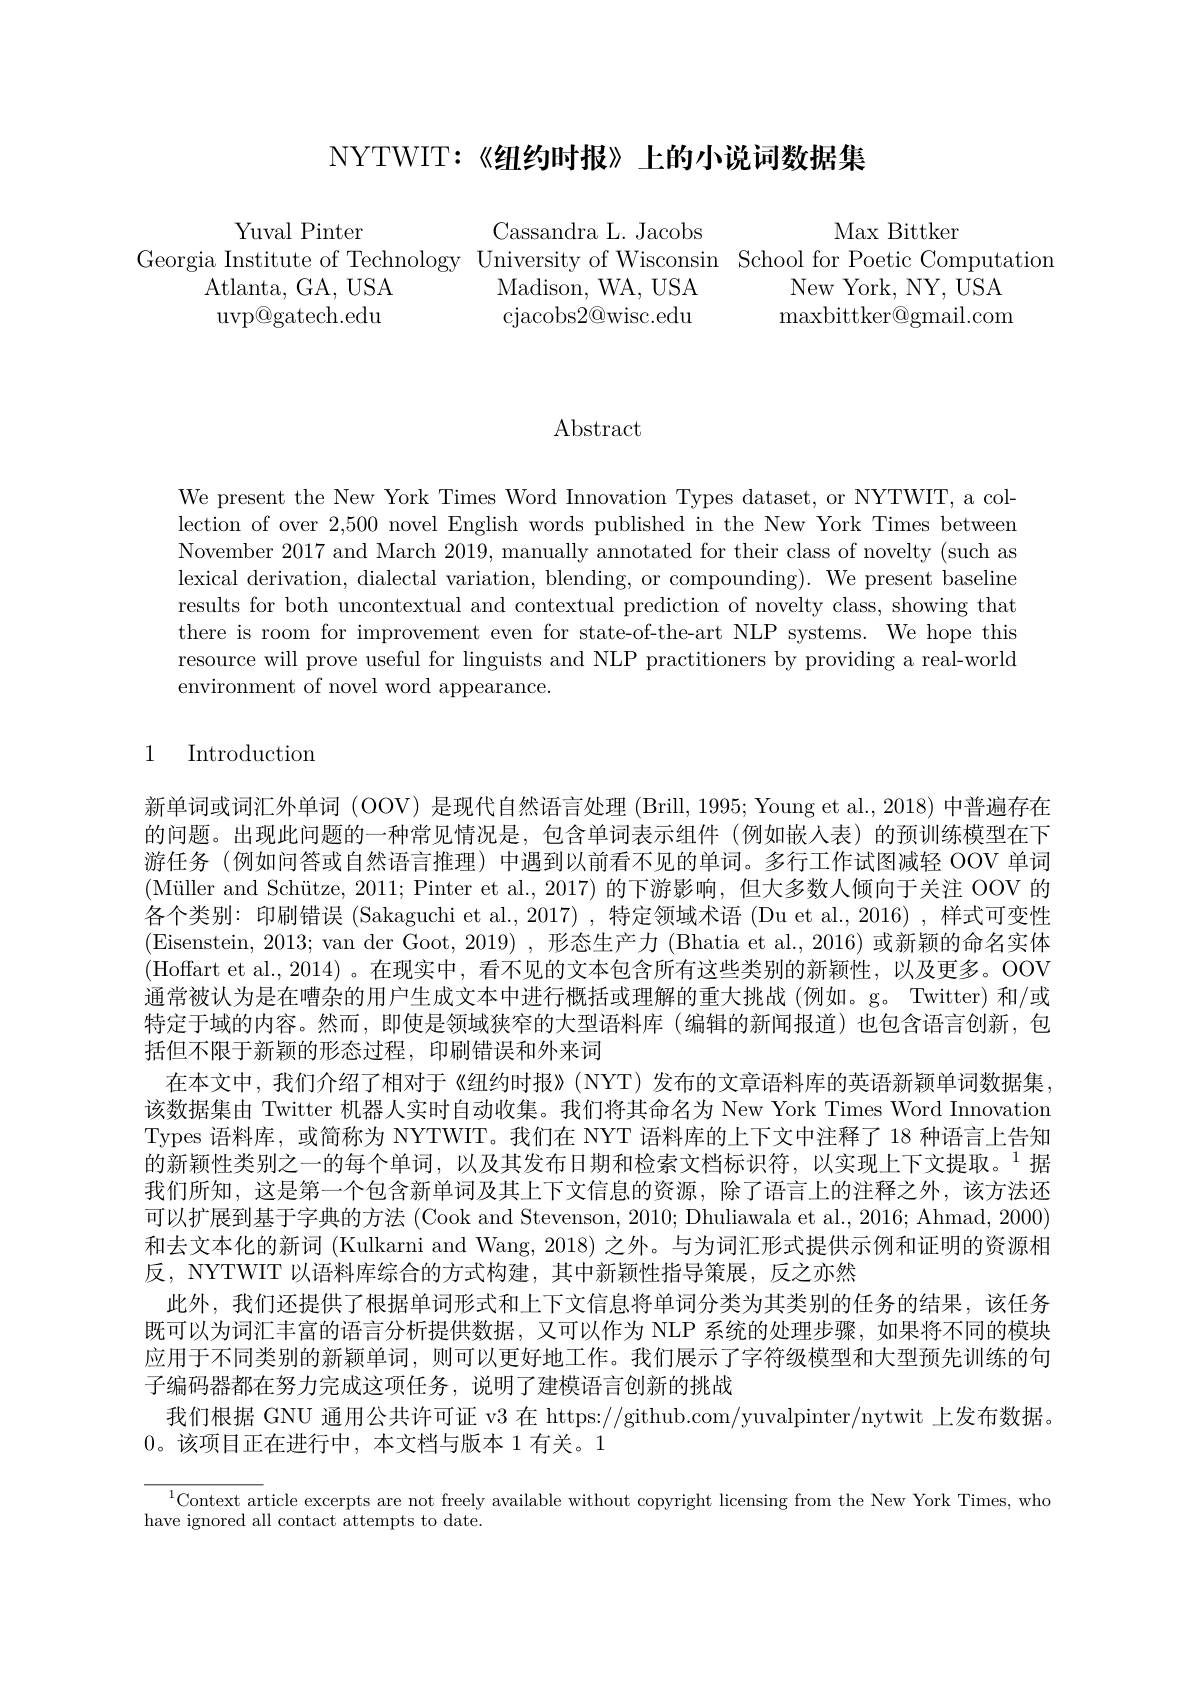
NYTWIT:《纽约时报》上的小说词数据集

Max Bittker
Yuval Pinter
Cassandra L. Jacobs
Georgia Institute of Technology University of Wisconsin School for Poetic Computation
New York, NY, USA
Atlanta, GA, USA
Madison, WA, USA
$\operatorname{uvp@gatech.edu}$
cjacobs2@wisc.edu
maxbittker@ gmail. com

$\operatorname{Abstract}$

We present the New York Times Word Innovation Types dataset, or NYTWIT, a collection of over 2,500 novel English words published in the New York Times between November 2017 and March 2019, manually amnotated for their class of novelty (such as lexical derivation, dialectal variation, blending, or compounding). We present baseline results for both uncontextual and contextual prediction of novelty class, showing that there is room for improvement even for state-of-the-art NLP systems. We hope this resource will prove useful for linguists and NLP practitioners by providing a real-world environment of novel word appearance.

### 1 Introduction

新单词或词汇外单词 (OOV) 是现代自然语言处理 (Brill, 1995; Young et al., 2018) 中普遍存在的问题。出现此问题的一种常见情况是，包含单词表示组件(例如嵌人表)的预训练模型在下游任务 (例如问答或自然语言推理)中遇到以前看不见的单词。多行工作试图减轻 OOV 单词(Müller and Schütze, 2011; Pinter et al., 2017) 的下游影响，但大多数人倾向于关注 OOV 的各个类别：印刷错误 (Sakaguchi et al., 2017) , 特定领域术语 (Du et al., 2016) , 样式可变性(Eisenstein, 2013; van der Goot, 2019) , 形态生产力 (Bhatia et al., 2016) 或新颖的命名实体(Hoffart et al.,2014)。在现实中，看不见的文本包含所有这些类别的新颖性，以及更多。OOV 通常被认为是在嘈杂的用户生成文本中进行概括或理解的重大挑战 (例如。g。Twitter) 和/或特定于域的内容。然而，即使是领域狭窄的大型语料库(编辑的新闻报道)也包含语言创新，包括但不限于新颖的形态过程，印刷错误和外来词
在本文中，我们介绍了相对于《纽约时报》(NYT)发布的文章语料库的英语新颖单词数据集。该数据集由 Twitter 机器人实时自动收集。我们将其命名为 New York Times Word Innovation Types 语料库，或简称为 NYTWIT。我们在 NYT 语料库的上下文中注释了 18 种语言上告知的新颖性类别之一的每个单词，以及其发布日期和检索文档标识符，以实现上下文提取。$^{1}$据我们所知，这是第一个包含新单词及其上下文信息的资源，除了语言上的注释之外，该方法还可以扩展到基于字典的方法 (Cook and Stevenson, 2010; Dhuliawala et al., 2016; Ahmad, 2000) 和去文本化的新词 (Kulkarni and Wang, 2018) 之外。与为词汇形式提供示例和证明的资源相反，NYTWIT 以语料库综合的方式构建，其中新颖性指导策展，反之亦然
此外，我们还提供了根据单词形式和上下文信息将单词分类为其类别的任务的结果，该任务既可以为词汇丰富的语言分析提供数据，又可以作为 NLP 系统的处理步骤，如果将不同的模块应用于不同类别的新颖单词，则可以更好地工作。我们展示了字符级模型和大型预先训练的句子编码器都在努力完成这项任务，说明了建模语言创新的挑战
我们根据 GNU 通用公共许可证 v3 在 https://github.com/yuvalpinter/nytwit 上发布数据。
0。该项目正在进行中，本文档与版本 1 有关。1

$^{1}$Context article excerpts are not freely available without copyright licensing from the New York Times, who
have ignored all contact attempts to date.